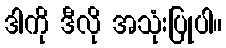
ဒါကို ဒီလို အသုံးပြုပါ။